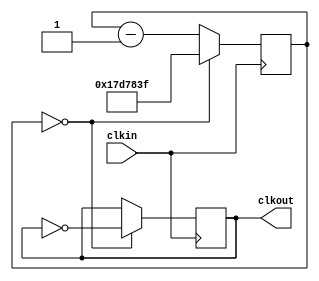
module clk_generator(clkin,clkout);
input clkin; // 50 MHZ Clk
output reg clkout = 0;
reg [24:0] ctr = 0; // 25 bits to fit log2(1e6*50/2)

// Convert 50 MHZ Clk to 1 MHZ, flip output when ctr is 0.

always @(posedge clkin)
begin
if (ctr == 0) begin
    ctr <= 24999999;
    clkout <= ~clkout;
end
else begin
    ctr <= ctr - 1;
end
end
endmodule